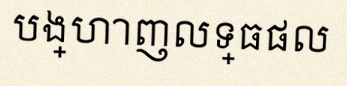
បង្ហាញលទ្ធផល